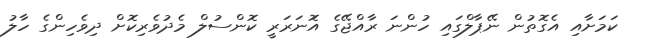
ކަމަށާއި އެގޮތުން ނޭޕާލްގައި ހުންނަ ރާއްޖޭގެ އަޮނަރަރީ ކޮންސުލް މެދުވެރިކޮށް ދިވެހިންގެ ހާލު